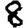
Digit: 8